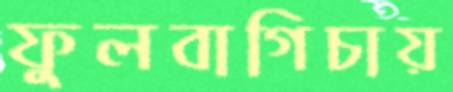
ফুলবাগিচায়